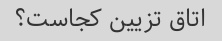
اتاق تزیین کجاست؟